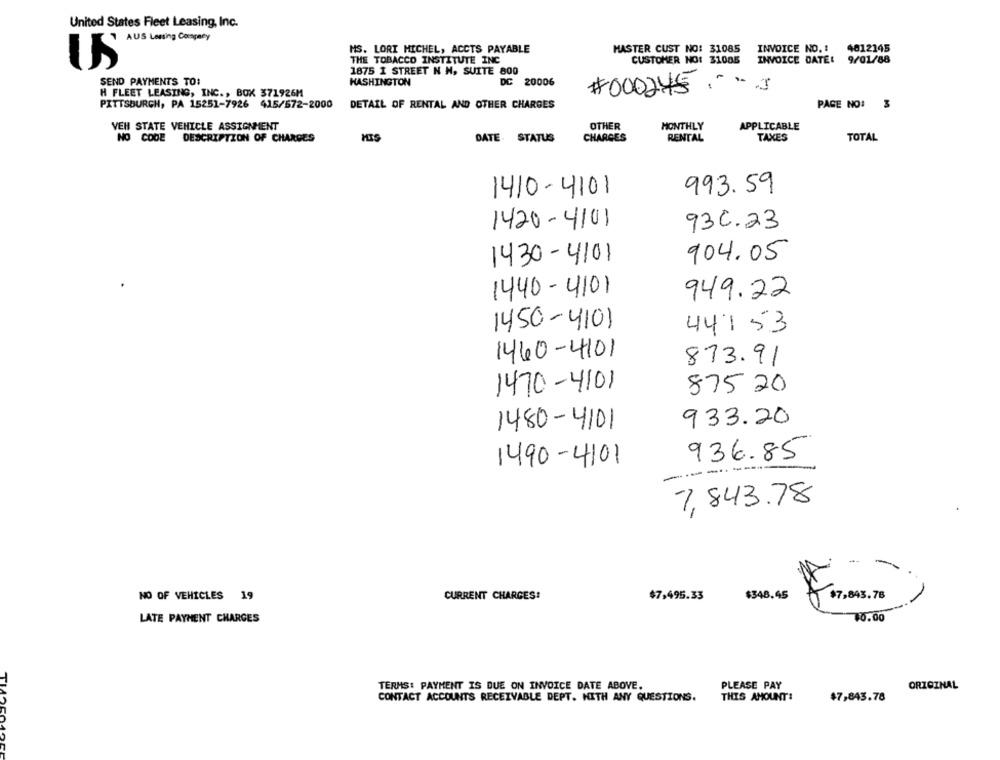
United States Fleet Leasing, Inc.
AUS Lening Company
MS. LORI MICHEL, ACCTS PAYABLE
MASTER CUST NO: 31085
INVOICE NO. 1
4012145
THE TOBACCO INSTITUTE INC
CUSTOMER NO: 31085
INVOICE DATE: 9/01/88
US
1875 1 STREET N H, SUITE 800
SEND PAYMENTS TO:
WASHINGTON
DC 20006
#000245 % ]
H FLEET LEASING, INC ., BOX 371926M
PITTSBURGH, PA 15251-7926 415/572-2000
DETAIL OF RENTAL AND OTHER CHARGES
PAGE NO:
VEH STATE VEHICLE ASSIGNMENT
OTHER
MONTHLY
APPLICABLE
NO CODE
DESCRIPTION OF CHARGES
HIS
CHARGES
RENTAL
TAXES
TOTAL
DATE: STATUS
993.59
1410-4101
1420-4101
930.23
1430-4101
904.05
1440-4101
949.22
1450-4101
44153
1460-4101
873.91
1470-4101
875 20
1480-4101
933.20
1490-4101
936.85
--..
7,843.78
$7,843.78
NO OF VEHICLES 19
CURRENT CHARGES:
$7,495.33
$348.45
LATE PAYMENT CHARGES
10.00
TI
PLEASE PAY
TERMS: PAYMENT IS DUE ON INVOICE DATE ABOVE.
ORIGINAL
CONTACT ACCOUNTS RECEIVABLE DEPT. WITH ANY QUESTIONS.
THIS AMOUNT:
$7,843.78